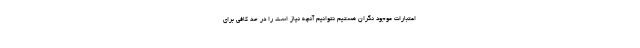
اعتبارات موجود نگران هستیم نتوانیم آنچه نیاز است را در حد کافی برای